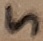
Text: 5